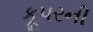
કૂપરની